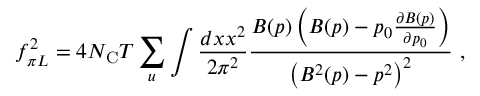
f _ { \pi L } ^ { 2 } = 4 N _ { \mathrm { C } } T \sum _ { u } \int \frac { d x x ^ { 2 } } { 2 \pi ^ { 2 } } \frac { B ( p ) \left( B ( p ) - p _ { 0 } \frac { \partial B ( p ) } { \partial p _ { 0 } } \right) } { \left( B ^ { 2 } ( p ) - p ^ { 2 } \right) ^ { 2 } } \ ,